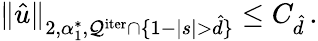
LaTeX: \| \hat{u}\| _{2,\alpha_{1}^{*},\mathcal{Q}^{\mathrm{iter}}\cap\{ 1-|s|>\hat{d}\} }\leq C_{\hat{d}}\, .